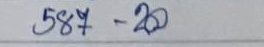
587 - 20